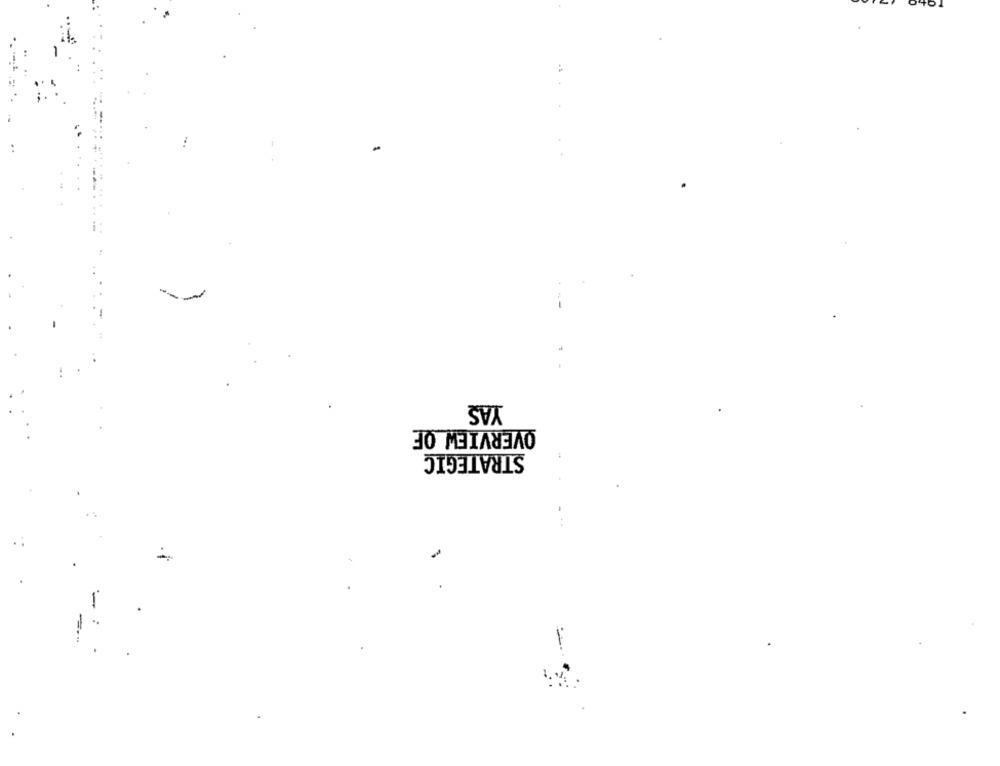
YAŞ
OVERVIEW OF
STRATEGIC